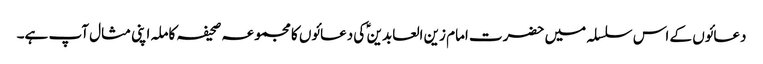
دعائوں کے اس سلسلہ میں حضرت امام زین العابدین ؑ کی دعائوں کا مجموعہ صحیفہ کاملہ اپنی مثال آپ ہے۔